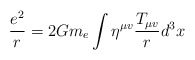
\begin{align*}\frac{e^2}{r} = 2Gm_e \int \eta^{\mu v}\frac{T_{\mu v}}{r}d^3x\end{align*}